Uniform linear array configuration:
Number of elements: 32
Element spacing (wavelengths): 0.25
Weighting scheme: kaiser
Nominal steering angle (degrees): -30
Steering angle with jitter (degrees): -30.926
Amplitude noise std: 0.05
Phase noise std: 0.05

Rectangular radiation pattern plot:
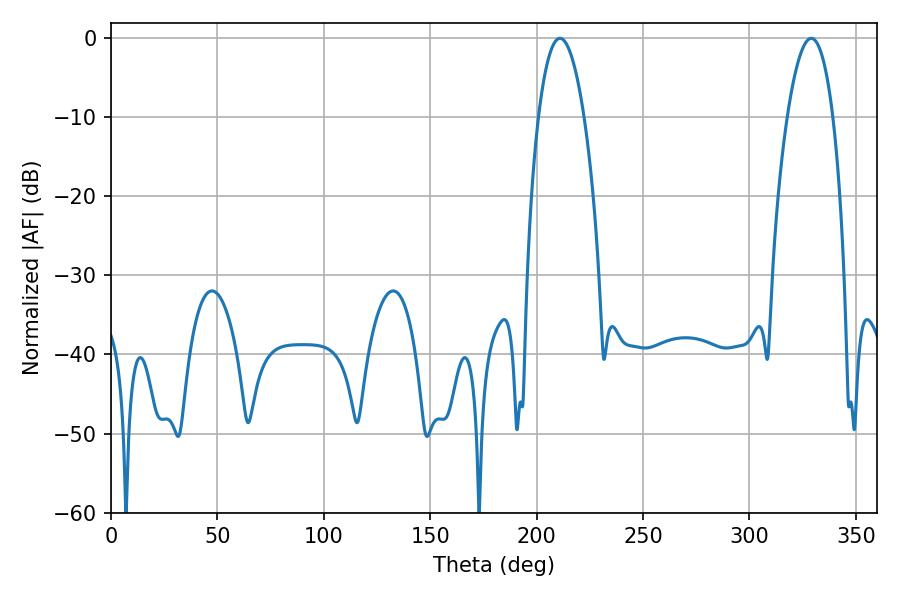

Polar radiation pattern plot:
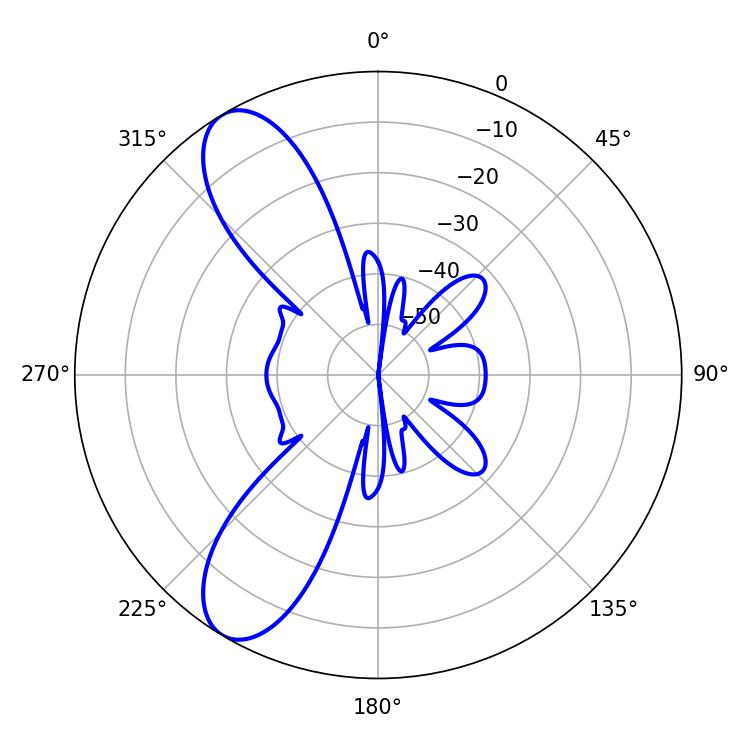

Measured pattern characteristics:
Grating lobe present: FALSE
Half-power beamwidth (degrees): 11.88
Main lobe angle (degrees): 329.04